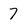
Character: 7